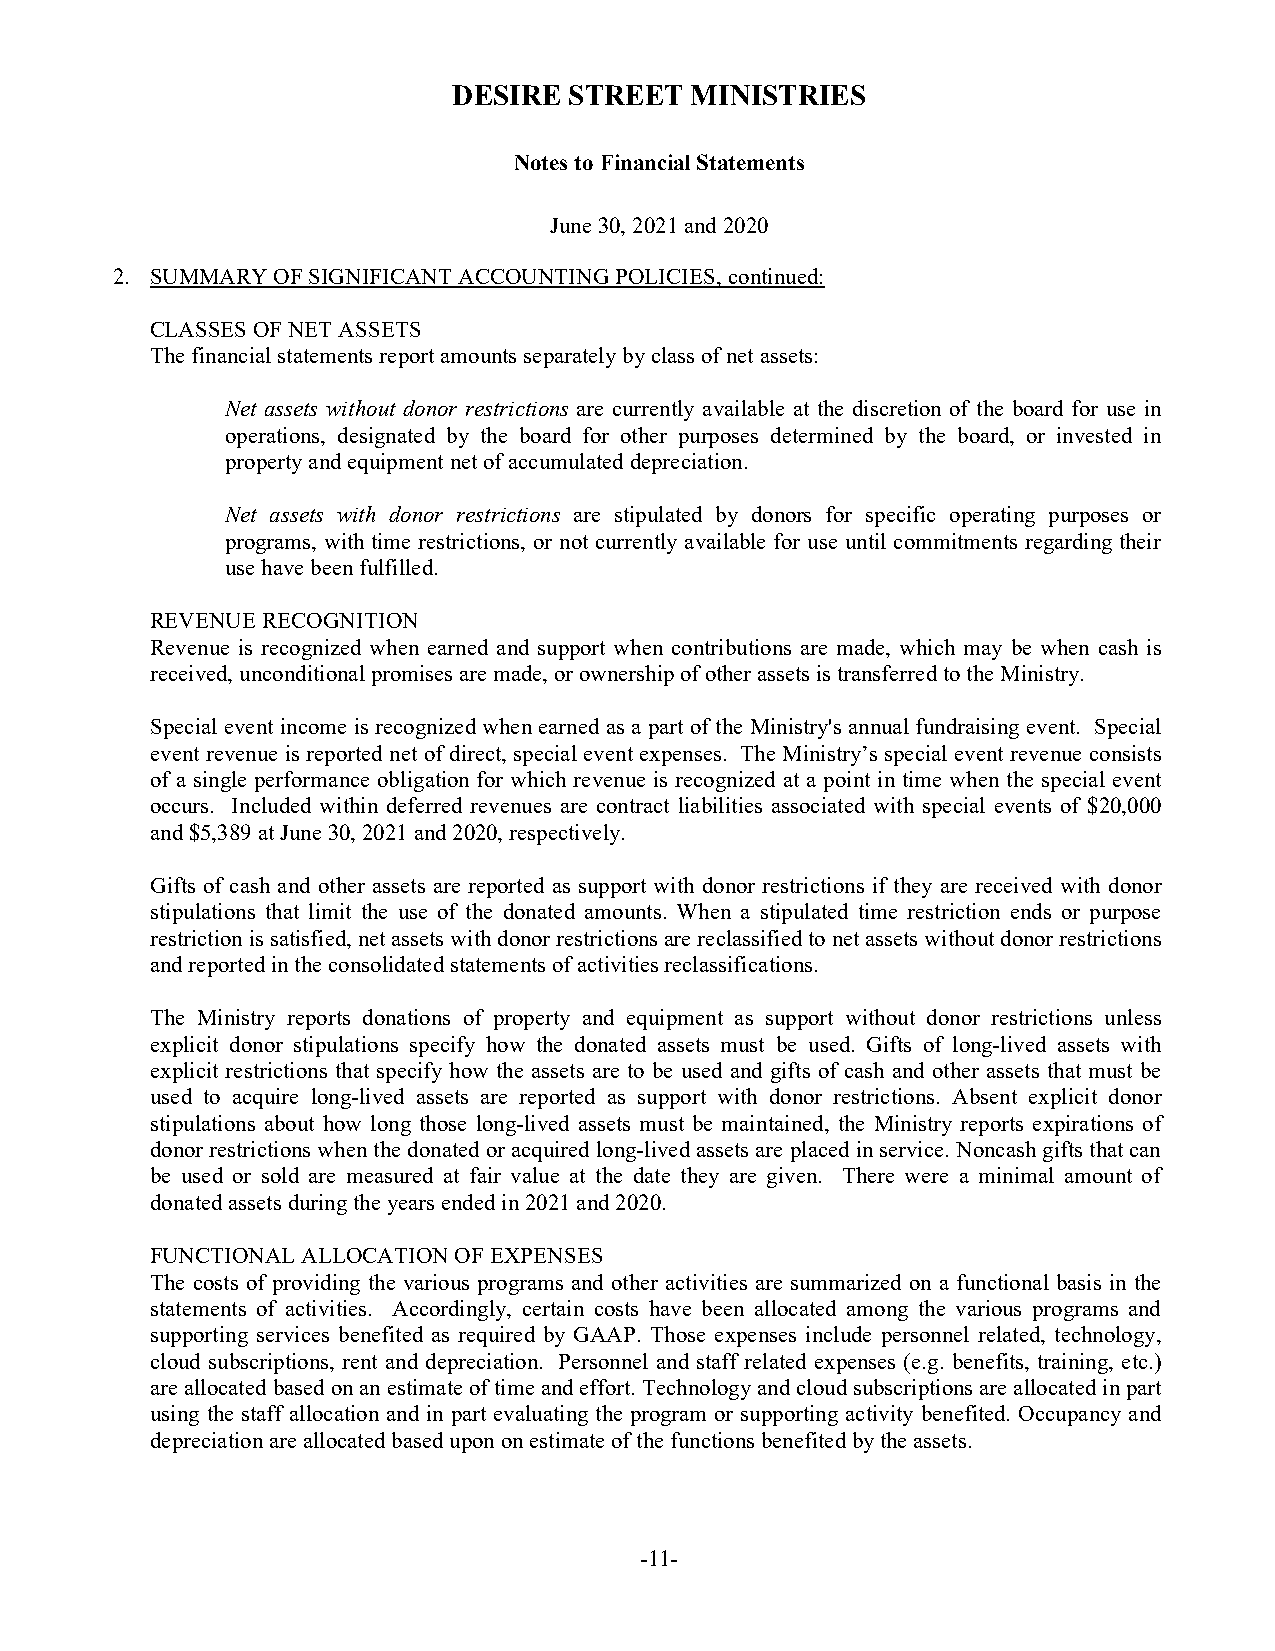
DESIRE  STREET  MINISTRIES
 Notes to Financial Statements
 June 30, 2021 and 2020
 2. SUMMARY OF SIGNIFICANT ACCOUNTING POLICIES, continued:
 CLASSES OF NET ASSETS
 The financial statements report amounts separately by class of net assets:
 Net assets without donor restrictions are currently available at the discretion of the board for use in
 operations, designated by the board for other purposes determined by the board, or invested in
 property and equipment net of accumulated depreciation.
 Net assets with donor restrictions are stipulated by donors for specific operating purposes or
 programs, with time restrictions, or not currently available for use until commitments regarding their
 use have been fulfilled.
 REVENUE RECOGNITION
 Revenue is recognized when earned and support when contributions are made, which may be when cash is
 received, unconditional promises are made, or ownership of other assets is transferred to the Ministry.
 Special event income is recognized when earned as a part of the Ministry's annual fundraising event. Special
 event revenue is reported net of direct, special event expenses. The Ministry’s special event revenue consists
 of a single performance obligation for which revenue is recognized at a point in time when the special event
 occurs. Included within deferred revenues are contract liabilities associated with special events of $20,000
 and $5,389 at June 30, 2021 and 2020, respectively.
 Gifts of cash and other assets are reported as support with donor restrictions if they are received with donor
 stipulations that limit the use of the donated amounts. When a stipulated time restriction ends or purpose
 restriction is satisfied, net assets with donor restrictions are reclassified to net assets without donor restrictions
 and reported in the consolidated statements of activities reclassifications.
 The Ministry reports donations of property and equipment as support without donor restrictions unless
 explicit donor stipulations specify how the donated assets must be used. Gifts of long-lived assets with
 explicit restrictions that specify how the assets are to be used and gifts of cash and other assets that must be
 used to acquire long-lived assets are reported as support with donor restrictions. Absent explicit donor
 stipulations about how long those long-lived assets must be maintained, the Ministry reports expirations of
 donor restrictions when the donated or acquired long-lived assets are placed in service. Noncash gifts that can
 be used or sold are measured at fair value at the date they are given. There were a minimal amount of
 donated assets during the years ended in 2021 and 2020.
 FUNCTIONAL ALLOCATION OF EXPENSES
 The costs of providing the various programs and other activities are summarized on a functional basis in the
 statements of activities. Accordingly, certain costs have been allocated among the various programs and
 supporting services benefited as required by GAAP. Those expenses include personnel related, technology,
 cloud subscriptions, rent and depreciation. Personnel and staff related expenses (e.g. benefits, training, etc.)
 are allocated based on an estimate of time and effort. Technology and cloud subscriptions are allocated in part
 using the staff allocation and in part evaluating the program or supporting activity benefited. Occupancy and
 depreciation are allocated based upon on estimate of the functions benefited by the assets.
 -11-